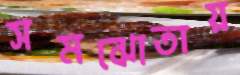
সমঝোতায়